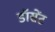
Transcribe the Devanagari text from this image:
डॉसेंट